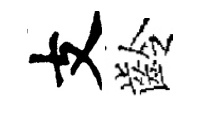
支齡